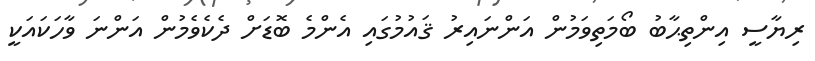
ރިޔާސީ އިންތިޙާބު ބޯމަތިވަމުން އަންނައިރު ޤައުމުގައި އެންމެ ބޮޑަށް ދެކެވެމުން އަންނަ ވާހަކައަކީ